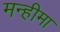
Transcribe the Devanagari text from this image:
मन्हीमा